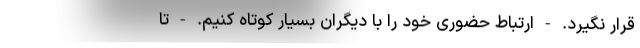
قرار نگیرد. - ارتباط حضوری خود را با دیگران بسیار کوتاه کنیم. - تا